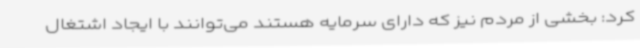
کرد: بخشی از مردم نیز که دارای سرمایه هستند می‌توانند با ایجاد اشتغال